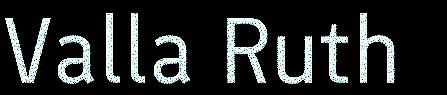
Valla Ruth